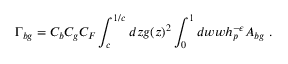
\Gamma _ { b g } = C _ { b } C _ { g } C _ { F } \int _ { c } ^ { 1 / c } d z g ( z ) ^ { 2 } \int _ { 0 } ^ { 1 } d w w h _ { p } ^ { - \epsilon } A _ { b g } ~ .